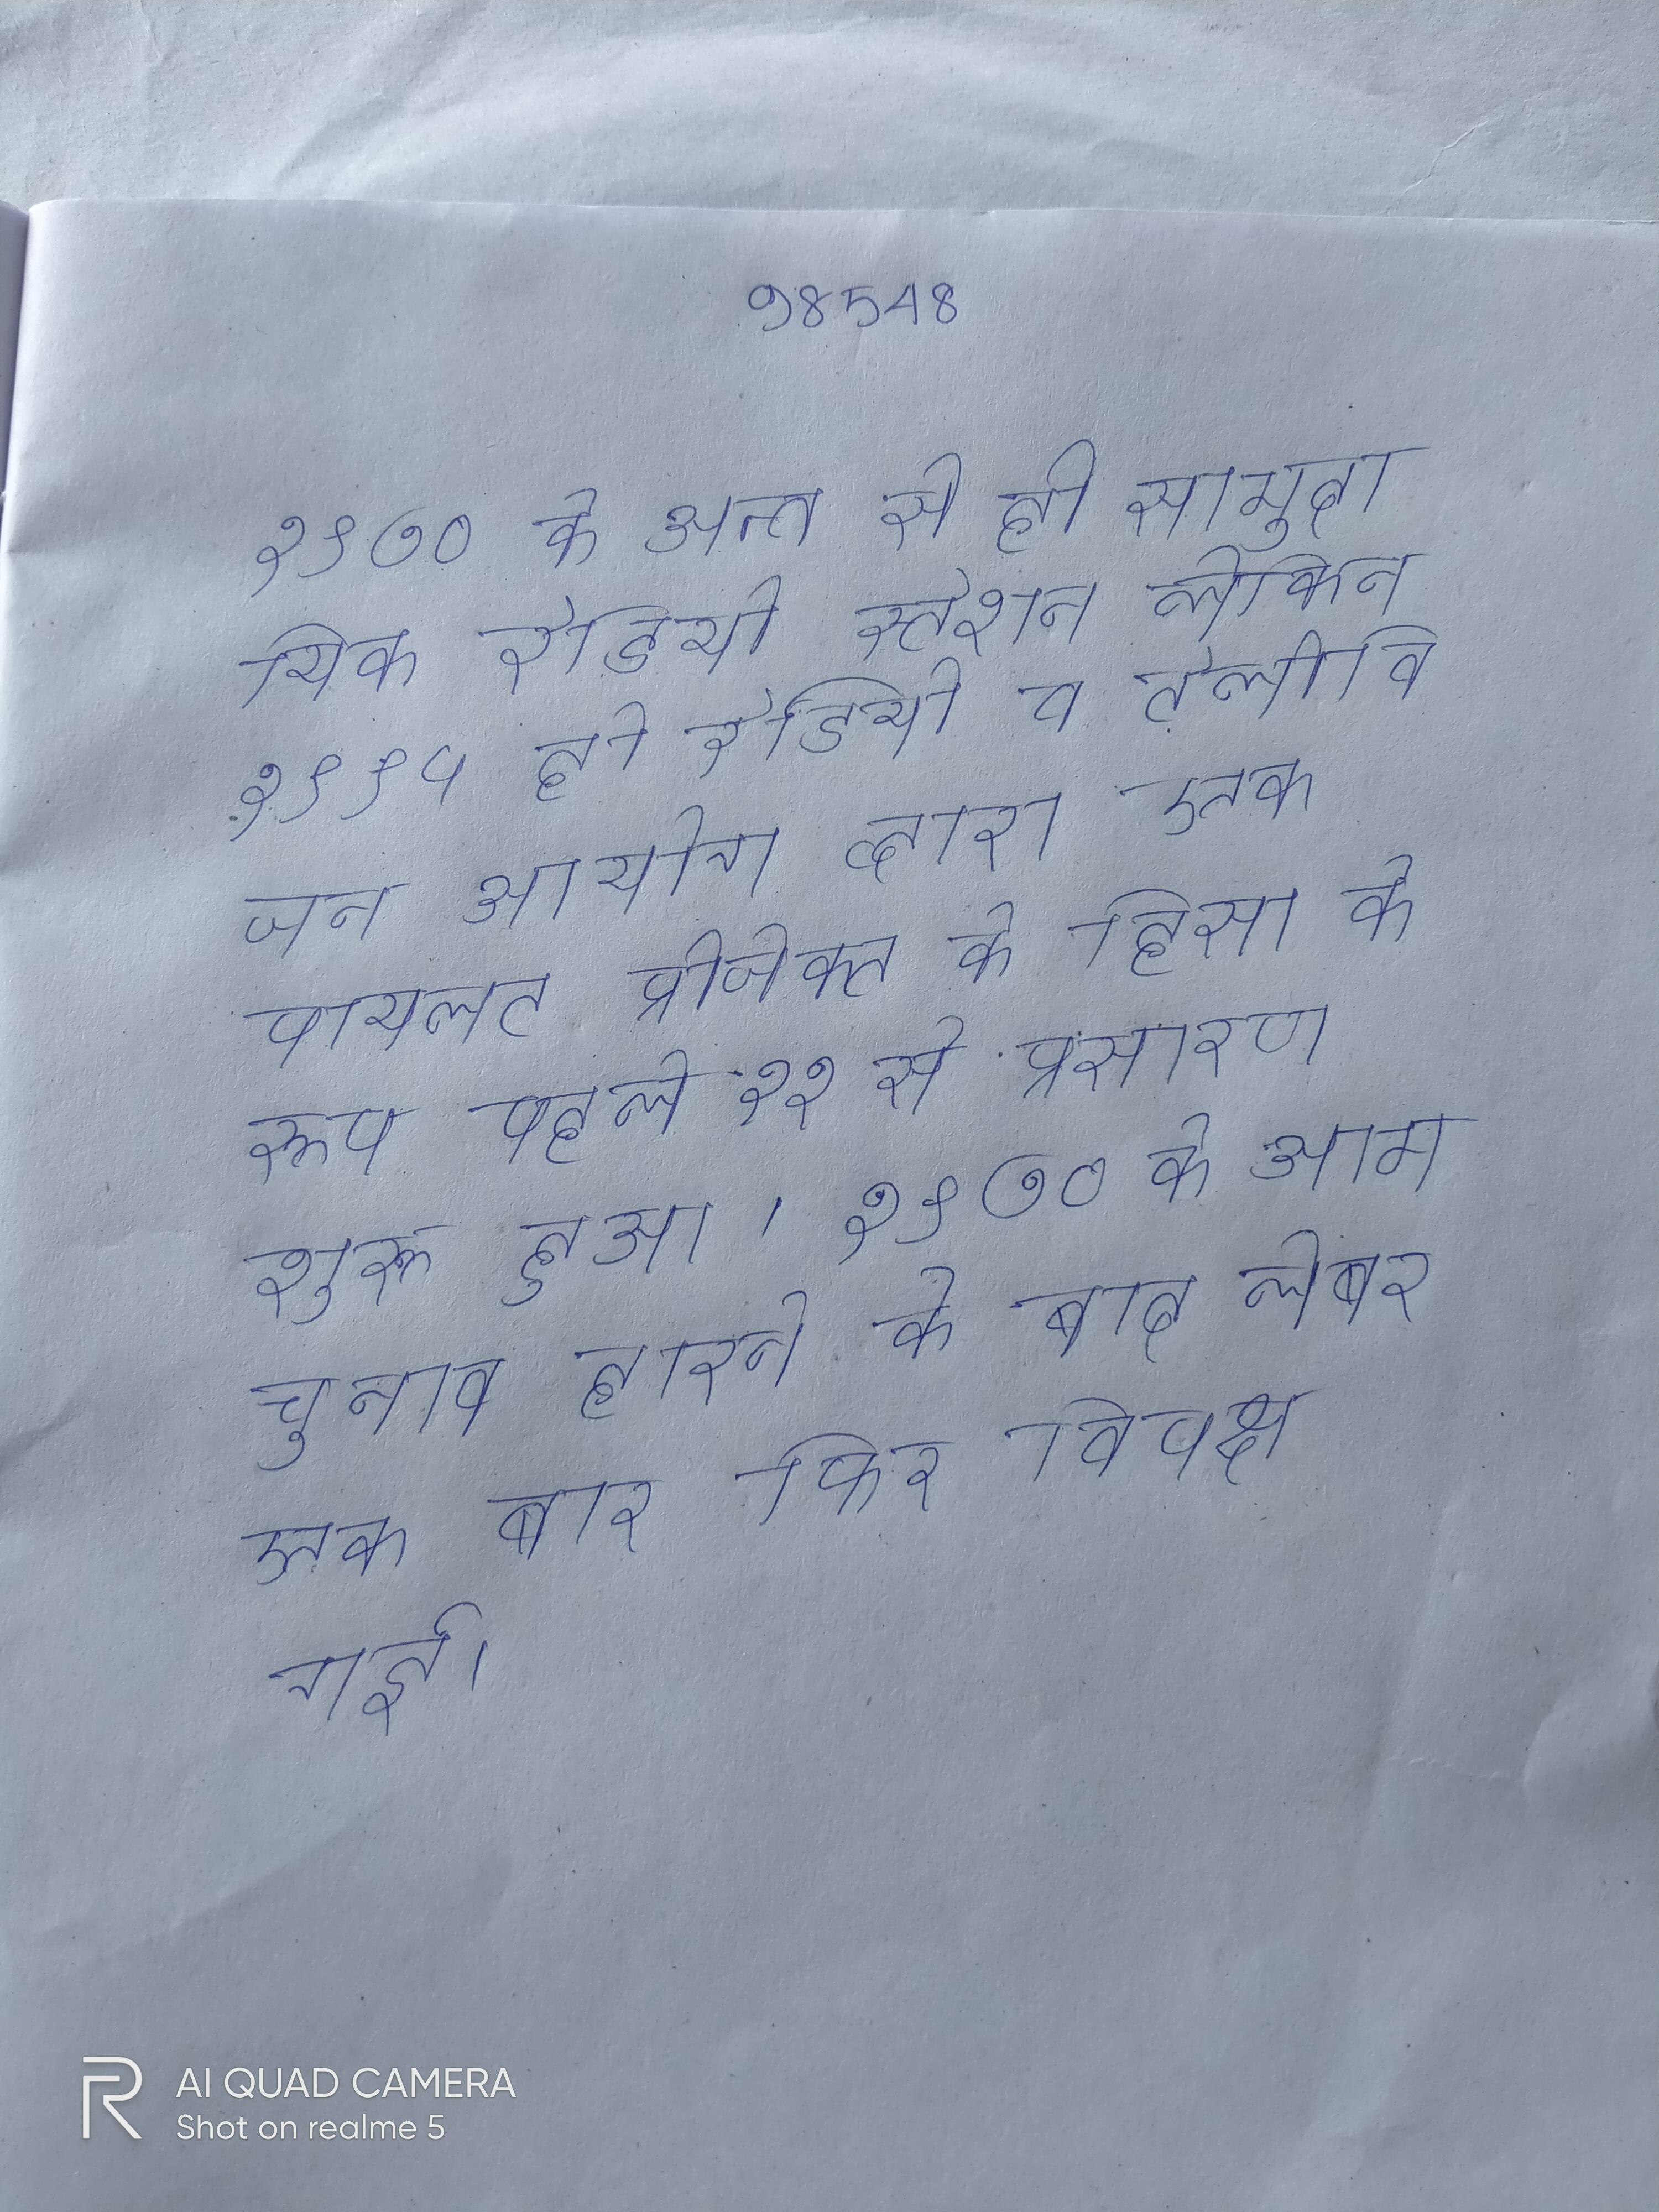
१९७० के अन्त से ही सामुदायिक रेडियो स्टेशन लेकिन १९९५ ही रेडियो व टेलीविजन आयोग द्वारा एक पायलट प्रोजेक्ट के हिसा के रूप पहले ११ से प्रसारण शुरू हुआ । १९७० के आम चुनाव हारने के बाद लेबर एक बार फिर विपक्ष गई ।